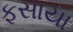
ફસાયા